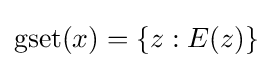
\operatorname {gset} (x)=\{z:E(z)\}